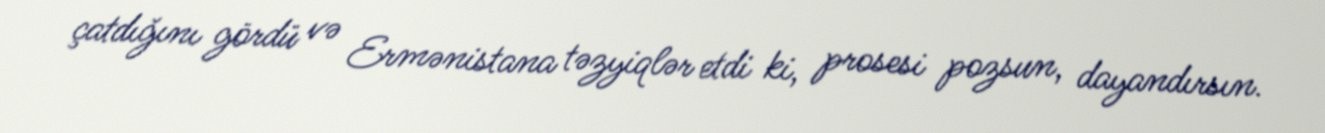
çatdığını gördü və Ermənistana təzyiqlər etdi ki, prosesi pozsun, dayandırsın.